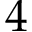
4